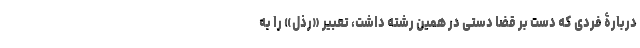
دربارۀ فردی که دست بر قضا دستی در همین رشته داشت، تعبیر «رذل» را به